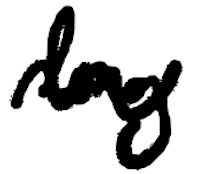
Text: long
Cross-out: wave
Writing tool: digital_black